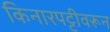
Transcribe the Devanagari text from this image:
किनारपट्टीवरून